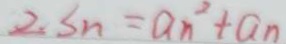
2 S _ { n } = a _ { n } ^ { 2 } + a _ { n }